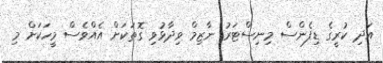
އަދި ކުރީގެ ޑިފެންސް މިނިސްޓަރު ނާޒިމް ވިދާޅުވި ގޮތަކަށް އެއްވެސް މީހަކަށް މި